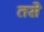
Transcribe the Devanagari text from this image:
तसेे